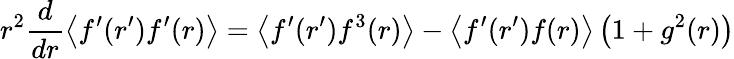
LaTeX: r^{2}\frac{d}{dr}\left\langle f^{\prime}(r^{\prime})f^{\prime}(r)\right\rangle=\left\langle f^{\prime}(r^{\prime})f^{3}(r)\right\rangle-\left\langle f^{\prime}(r^{\prime})f(r)\right\rangle\left(1+g^{2}(r)\right)